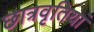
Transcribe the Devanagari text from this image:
छात्रवृतियां